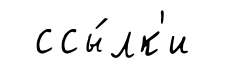
ссы́лк'и